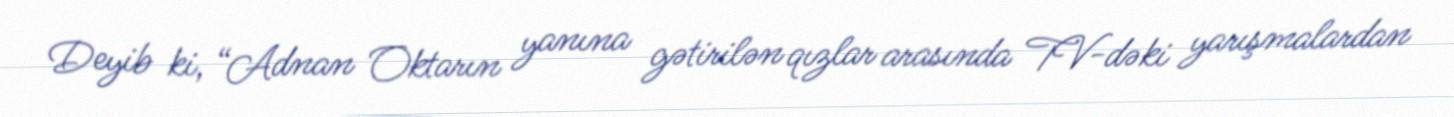
Deyib ki, “Adnan Oktarın yanına gətirilən qızlar arasında TV-dəki yarışmalardan